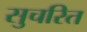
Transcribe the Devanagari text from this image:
सुचरित